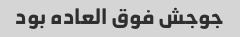
جوجش فوق العاده بود